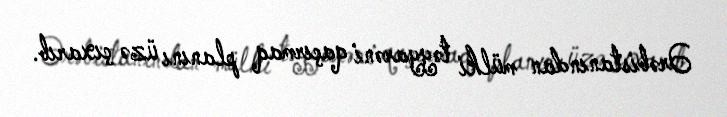
Ərəbistanından mülki təyyarəni qaçırmaq planını üzə çıxarıb.